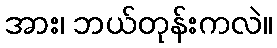
အား၊ ဘယ်တုန်းကလဲ။